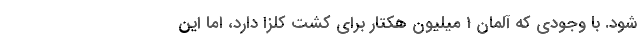
شود. با وجودی که آلمان 1 میلیون هکتار برای کشت کلزا دارد، اما این